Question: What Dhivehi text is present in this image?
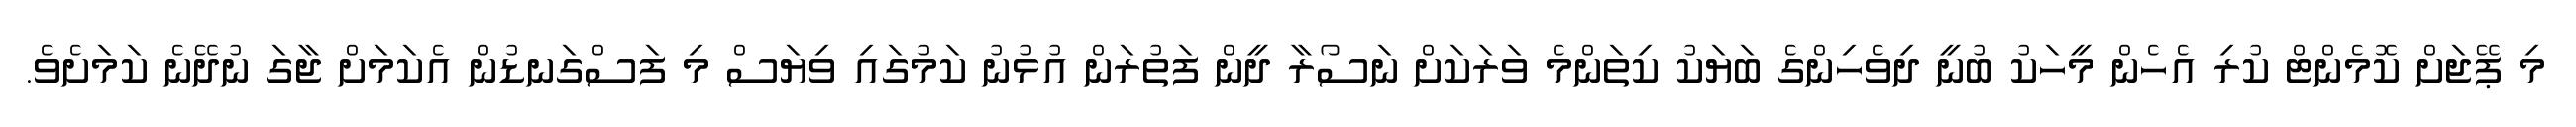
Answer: މި ޕޭޖަށް ކޮމެންޓް ކުރި އެހެން މީހަކު ބުނީ ދިވެހިންގެ ބަޔަކު ކިތަންމެ ވަރަކަށް ނަސޯރާ ދީން ފަތުރަން އުޅުނު ކަމުގައި ވިޔަސް މި ފަސްގަނޑުން އެކަމަށް ޖާގަ ނުދޭނެ ކަމަށެވެ.